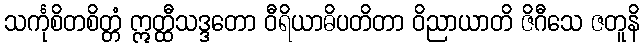
သင်္ကုစိတစိတ္တံ ဣတ္ထီသဒ္ဒတော ဝီရိယာဓိပတိတာ ဝိညာယာတိ ဇိဂီသေ ဇတူနိ